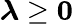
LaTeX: {\boldsymbol{\lambda}}\geq\mathbf{0}